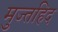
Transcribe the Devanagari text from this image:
मुज्तहिद